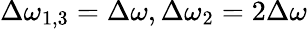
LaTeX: \Delta\omega_{1,3}=\Delta\omega,\Delta\omega_{2}=2\Delta\omega